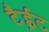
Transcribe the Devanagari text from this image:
टैईट